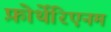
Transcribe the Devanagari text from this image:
फ़ोर्थेरिएनम